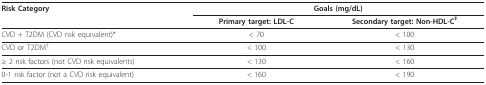
<table><thead><tr><td><b>Risk Category</b></td><td colspan="2"><b>Goals (mg/dL)</b></td></tr><tr><td></td><td><b>Primary target: LDL-C</b></td><td><b>Secondary target: Non-HDL-C<sup>‡</sup></b></td></tr></thead><tbody><tr><td>CVD + T2DM (CVD risk equivalent)*</td><td>&lt; 70</td><td>&lt; 100</td></tr><tr><td>CVD or T2DM<sup>†</sup></td><td>&lt; 100</td><td>&lt; 130</td></tr><tr><td>≥ 2 risk factors (not CVD risk equivalents)</td><td>&lt; 130</td><td>&lt; 160</td></tr><tr><td>0-1 risk factor (not a CVD risk equivalent)</td><td>&lt; 160</td><td>&lt; 190</td></tr></tbody></table>